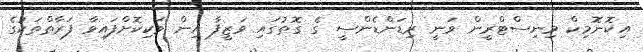
އިކޮނޮމިކް މިނިސްޓްރީން ވަނީ ރިޑަންޑެންސީ ގެ ގޮތުގައި ވަޒީފާ އިން ވަކިކޮށްފައިވާ ފަރާތްތަކުގެ